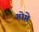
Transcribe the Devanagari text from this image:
गोष्ठे